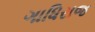
ગાધિરાજ